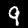
Digit: 9